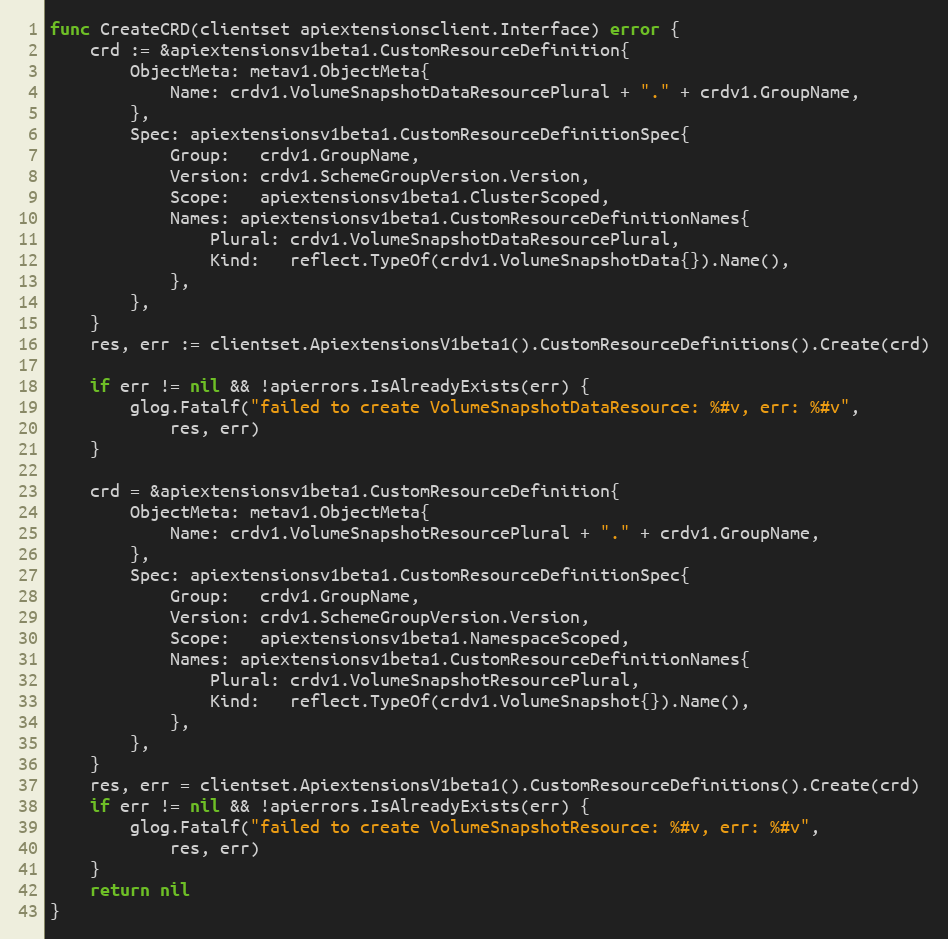
Language: Go
func CreateCRD(clientset apiextensionsclient.Interface) error {
	crd := &apiextensionsv1beta1.CustomResourceDefinition{
		ObjectMeta: metav1.ObjectMeta{
			Name: crdv1.VolumeSnapshotDataResourcePlural + "." + crdv1.GroupName,
		},
		Spec: apiextensionsv1beta1.CustomResourceDefinitionSpec{
			Group:   crdv1.GroupName,
			Version: crdv1.SchemeGroupVersion.Version,
			Scope:   apiextensionsv1beta1.ClusterScoped,
			Names: apiextensionsv1beta1.CustomResourceDefinitionNames{
				Plural: crdv1.VolumeSnapshotDataResourcePlural,
				Kind:   reflect.TypeOf(crdv1.VolumeSnapshotData{}).Name(),
			},
		},
	}
	res, err := clientset.ApiextensionsV1beta1().CustomResourceDefinitions().Create(crd)

	if err != nil && !apierrors.IsAlreadyExists(err) {
		glog.Fatalf("failed to create VolumeSnapshotDataResource: %#v, err: %#v",
			res, err)
	}

	crd = &apiextensionsv1beta1.CustomResourceDefinition{
		ObjectMeta: metav1.ObjectMeta{
			Name: crdv1.VolumeSnapshotResourcePlural + "." + crdv1.GroupName,
		},
		Spec: apiextensionsv1beta1.CustomResourceDefinitionSpec{
			Group:   crdv1.GroupName,
			Version: crdv1.SchemeGroupVersion.Version,
			Scope:   apiextensionsv1beta1.NamespaceScoped,
			Names: apiextensionsv1beta1.CustomResourceDefinitionNames{
				Plural: crdv1.VolumeSnapshotResourcePlural,
				Kind:   reflect.TypeOf(crdv1.VolumeSnapshot{}).Name(),
			},
		},
	}
	res, err = clientset.ApiextensionsV1beta1().CustomResourceDefinitions().Create(crd)
	if err != nil && !apierrors.IsAlreadyExists(err) {
		glog.Fatalf("failed to create VolumeSnapshotResource: %#v, err: %#v",
			res, err)
	}
	return nil
}